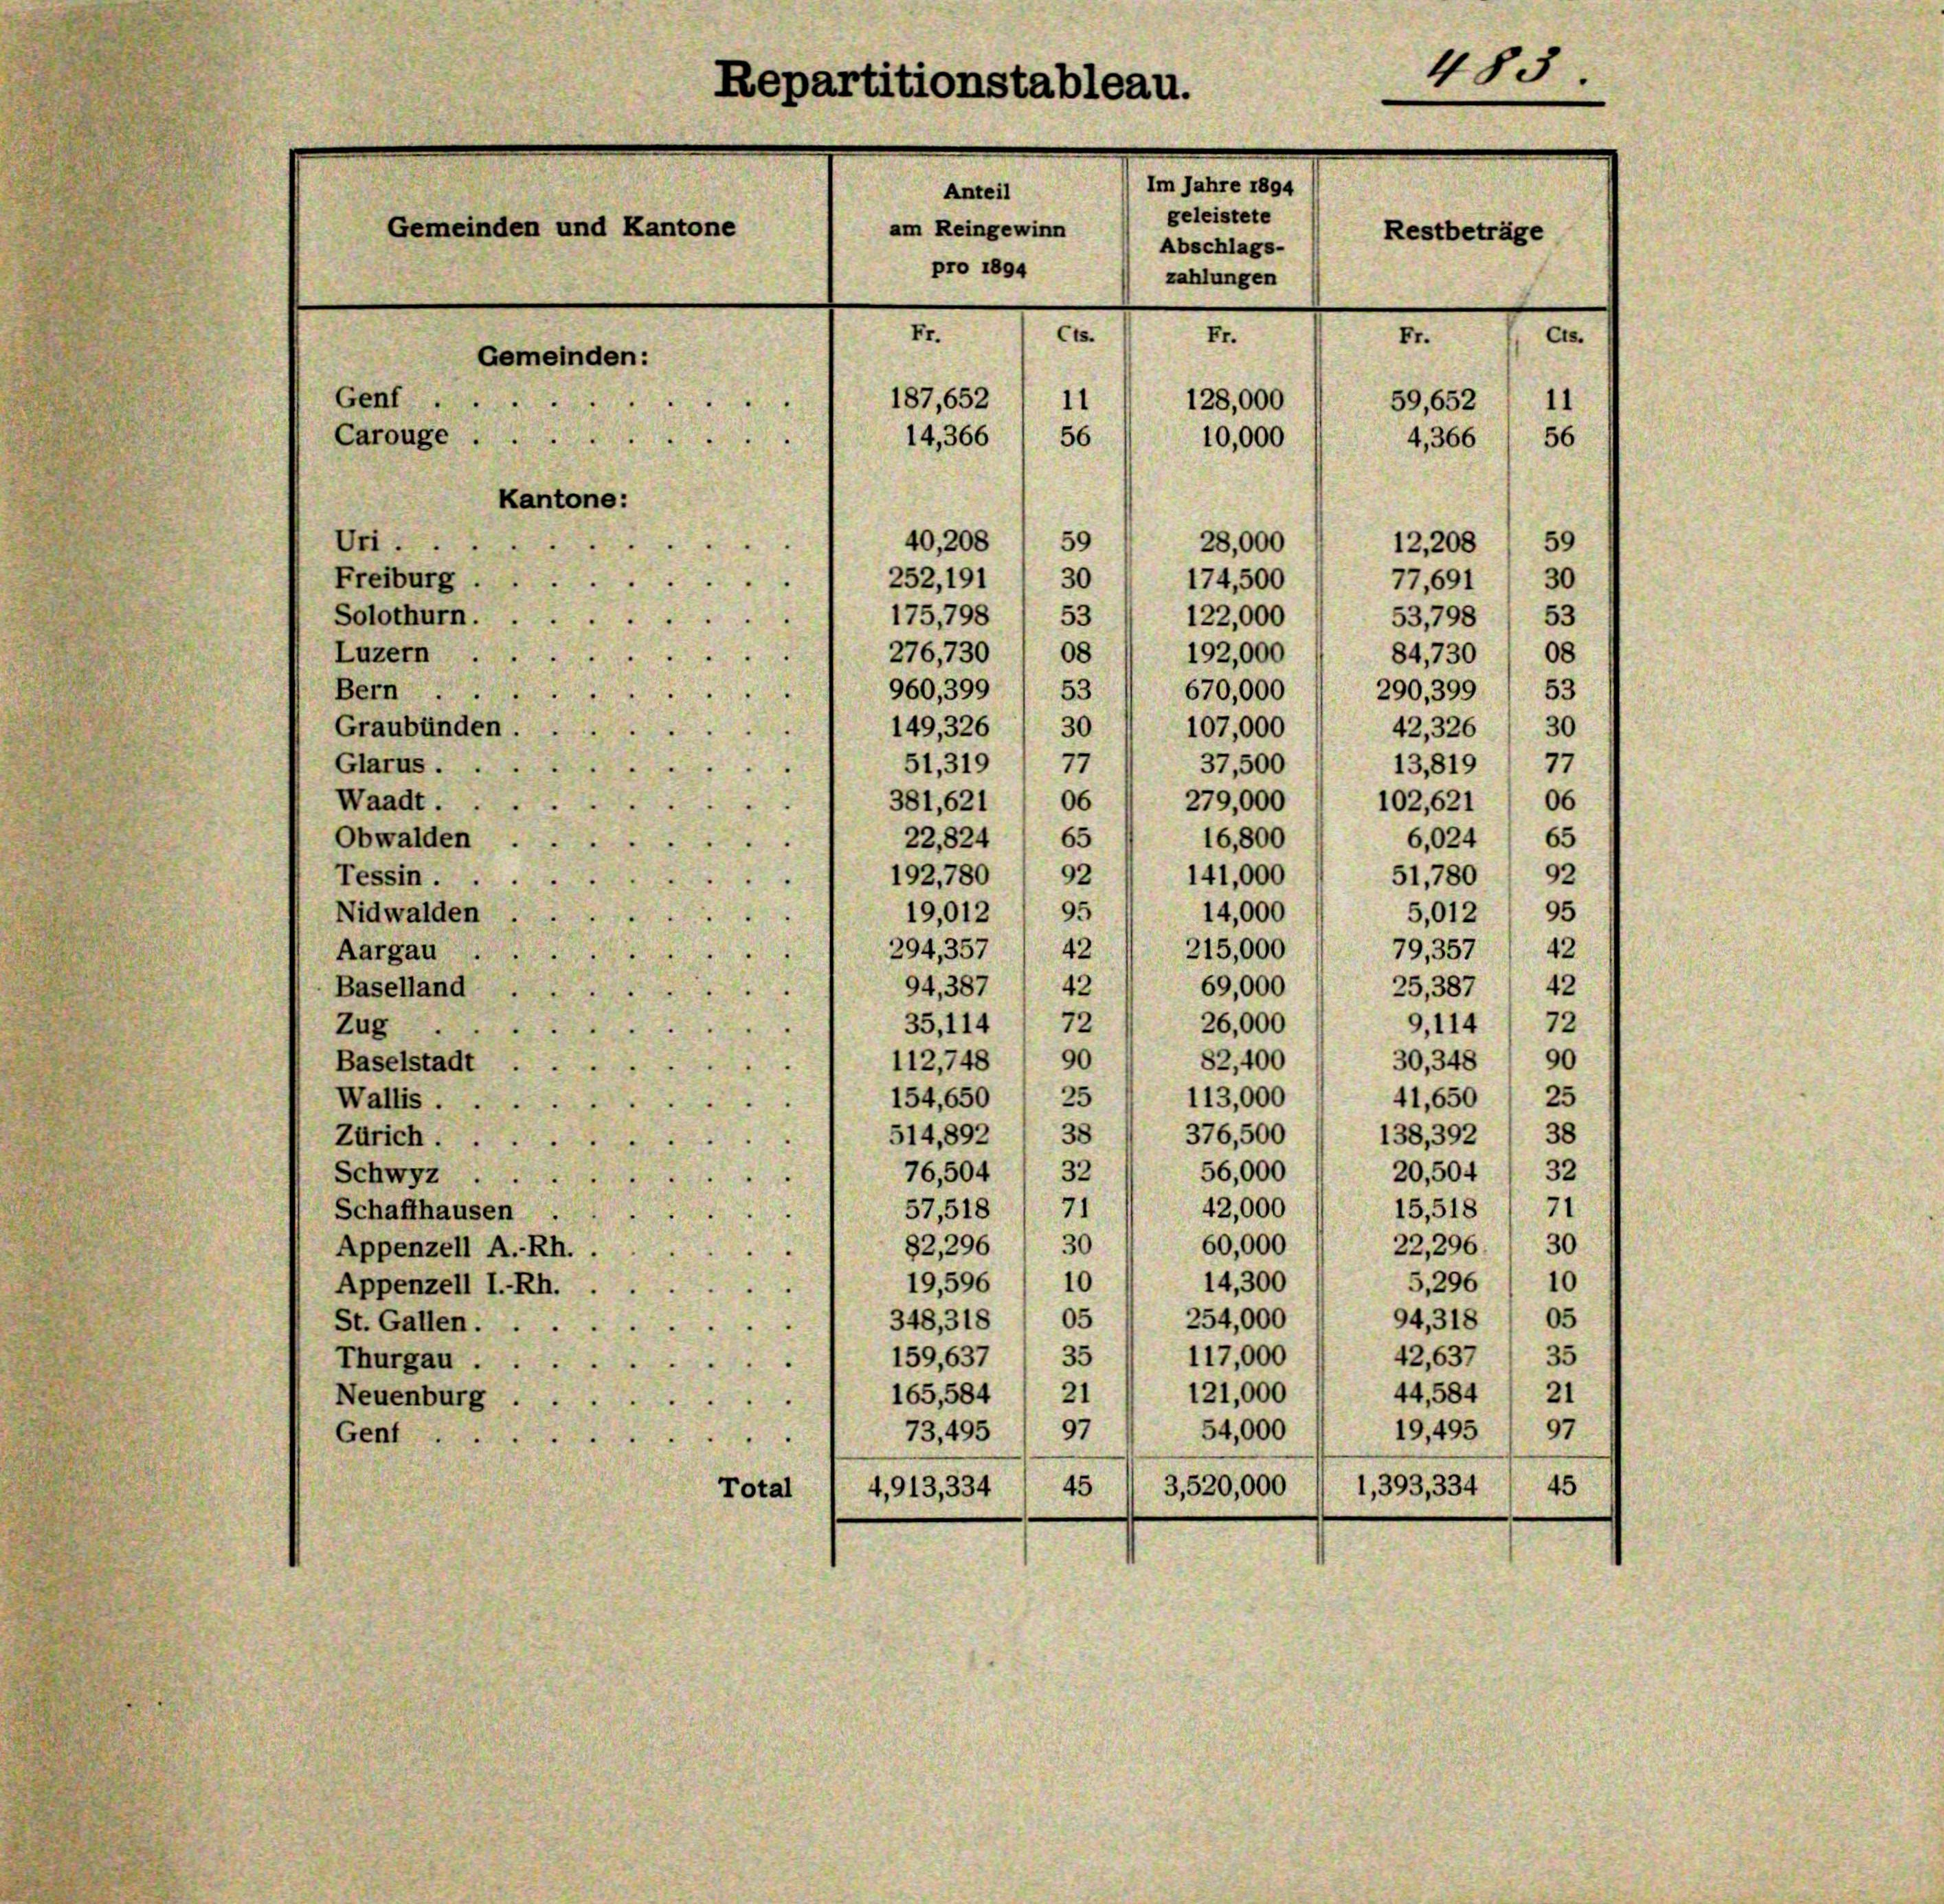
Repartitionstableau.
Im Jahre 1894
Anteil
geleistete
Gemeinden und Kantone
am Reingewinn 1 Abschlags-
pro 1894
zahlungen
Fr.
Cts.
Cts.
Fr.
Fr.
Gemeinden:
Genf.
187,652
11
11
128,000
59,652

Carouge
14,366 1 56
4,366 (56
10,000
Kantone:
40,208 / 59
12,208. 59
28,000
Uri.

Restbeträge

77,691 30
53798 / 53
84730 08
290,399 / 53
42,326 / 30
13,819 “ 77
102,621 ( 06

6,024

5,012' 95

483.

252, 191
Freiburg
30
174,500
53
175,798
Solothurn.
122,000
Luzern
08
276,730
192,000
960,399 / 53
670,000
Bern
Graubünden
149,326 / 30
107,000
51,319
77
Glarus.
37,500
Waadt.
381, 621 , 06
279,000
65
16,800
65
Obwalden
22,824
92
Tessin.
51,780 ( 92
192780
141,000
95
14,000
19,012
Nidwalden.
294,357
79, 357
42
42
Aargau
215,000
42
94,387
25,387 1 42
59,000
Baselland
72
35,114
26,000
9,114) 72
Zug
90
30, 348 " 90
82,400
112748
Baselstadt
154,650 1 25
25
113,000
Wallis.
41,650
514,892 * 38
376,500
138,392 / 38
Zürich.
32
76,504 ( 32
20,504
56,000
Schwyz .
15,518 ( 71
42,000
71
57,518
Schaffhausen
82,296, 30
22, 296. 30
60,000
Appenzell A.-Rh.
19,596/ 10
5,296 (10
14,300
Appenzell I.-Rh.
05
254,000
348,318' 05
94,318
St. Gallen. ..
159,637 / 35
117,000
42,637
35
Thurgau ...
44,584
21
121,000
165,584 " 21
Neuenburg.
19,495 " 97
73,495 / 97
54,000
Gent ..
1, 393, 334
3,520,000
45
45
4,913,334
Total